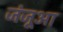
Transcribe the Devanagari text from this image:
जंजूआ